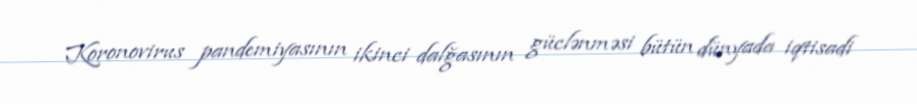
Koronovirus pandemiyasının ikinci dalğasının güclənməsi bütün dünyada iqtisadi